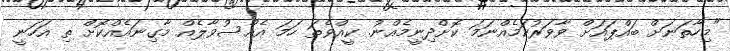
"މިހާތަނަށް ބައްޕައަށް ވާވަރުކަމެއްނަމަ ކޮށްދިނީމެއްނު. ކީއްވެތަ ހަމަ އެއްސުވާލެއް މާގިނައެއްކޮށް ތި އަހަނީ